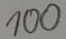
Text: 100